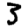
Digit: 3